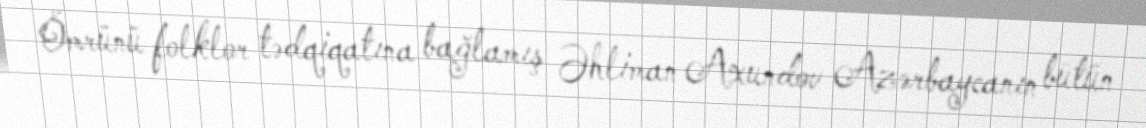
Ömrünü folklor tədqiqatına bağlamış Əhliman Axundov Azərbaycanın bütün